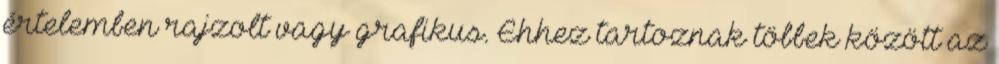
értelemben rajzolt vagy grafikus. Ehhez tartoznak többek között az